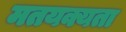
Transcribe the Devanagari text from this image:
मतयक्यता